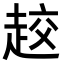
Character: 𧻨